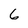
Character: 6